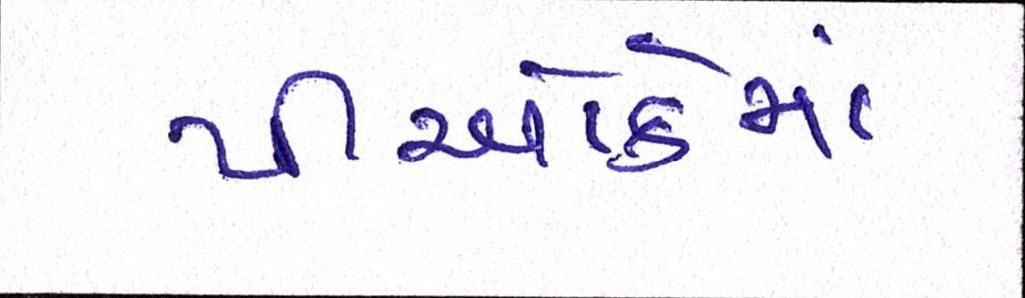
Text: પીઓકેમાં